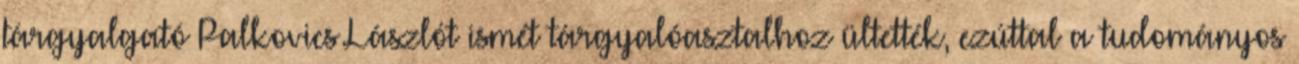
tárgyalgató Palkovics Lászlót ismét tárgyalóasztalhoz ültették, ezúttal a tudományos